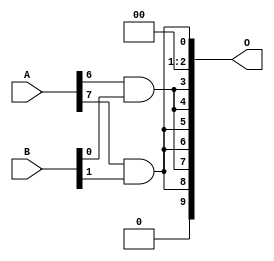
/***
* This code is a part of EvoApproxLib library (ehw.fit.vutbr.cz/approxlib) distributed under The MIT License.
* When used, please cite the following article(s): V. Mrazek, L. Sekanina, Z. Vasicek "Libraries of Approximate Circuits: Automated Design and Application in CNN Accelerators" IEEE Journal on Emerging and Selected Topics in Circuits and Systems, Vol 10, No 4, 2020 
* This file contains a circuit from a sub-set of pareto optimal circuits with respect to the pwr and wce parameters
***/
// MAE% = 7.50 %
// MAE = 77 
// WCE% = 25.39 %
// WCE = 260 
// WCRE% = 137.50 %
// EP% = 74.71 %
// MRE% = 60.33 %
// MSE = 10903 
// PDK45_PWR = 0.0006 mW
// PDK45_AREA = 4.7 um2
// PDK45_DELAY = 0.04 ns

module mul8x2u_0SN (
    A,
    B,
    O
);

input [7:0] A;
input [1:0] B;
output [9:0] O;

wire sig_17,sig_25;

assign sig_17 = A[6] & B[0];
assign sig_25 = A[7] & B[1];

assign O[9] = 1'b0;
assign O[8] = sig_25;
assign O[7] = sig_17;
assign O[6] = sig_25;
assign O[5] = sig_25;
assign O[4] = sig_17;
assign O[3] = sig_17;
assign O[2] = 1'b0;
assign O[1] = 1'b0;
assign O[0] = sig_25;

endmodule